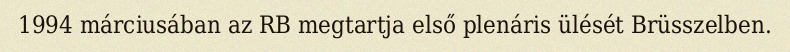
1994 márciusában az RB megtartja első plenáris ülését Brüsszelben.